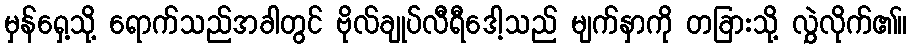
မှန်ရှေ့သို့ ရောက်သည်အခါတွင် ဗိုလ်ချုပ်လီရီဒေါ့သည် မျက်နှာကို တခြားသို့ လွှဲလိုက်၏။